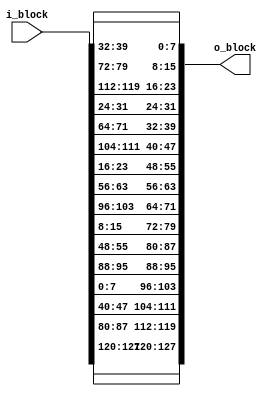
`timescale 1ns / 1ps
//////////////////////////////////////////////////////////////////////////////////
// Company: 
// Engineer: 
// 
// Design Name: 
// Module Name: ShiftRows
// Project Name: 
// Target Devices: 
// Tool Versions: 
// Description: 
// 
// Dependencies: 
// 
// Revision:
// Revision 0.01 - File Created
// Additional Comments:
// 
//////////////////////////////////////////////////////////////////////////////////


module ShiftRows(
		 input wire [127:0] i_block,
		 output wire [127:0] o_block
		 );

   wire [31:0]            w0,w1,w2,w3;
   wire [31:0]            mw0,mw1,mw2,mw3;
	   assign w0 = i_block[127:96];
	   assign w1 = i_block[95:64];
	   assign w2 = i_block[63:32];
	   assign w3 = i_block[31:0];

	   assign mw0 = {{w0[31:24]},{w1[23:16]},{w2[15:8]},{w3[7:0]}};
	   assign mw1 = {{w1[31:24]},{w2[23:16]},{w3[15:8]},{w0[7:0]}};
	   assign mw2 = {{w2[31:24]},{w3[23:16]},{w0[15:8]},{w1[7:0]}};
	   assign mw3 = {{w3[31:24]},{w0[23:16]},{w1[15:8]},{w2[7:0]}};

	    assign o_block = {mw0, mw1, mw2, mw3};
endmodule